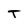
Character: T